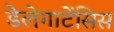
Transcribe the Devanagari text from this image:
डेलेगाटेंसिस